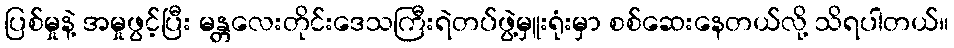
ပြစ်မှုနဲ့ အမှုဖွင့်ပြီး မန္တလေးတိုင်းဒေသကြီးရဲတပ်ဖွဲ့မှူးရုံးမှာ စစ်ဆေးနေတယ်လို့ သိရပါတယ်။